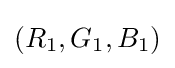
(R_{1},G_{1},B_{1})